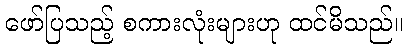
ဖော်ပြသည့် စကားလုံးများဟု ထင်မိသည်။